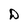
Character: D